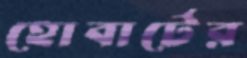
হোবার্টের